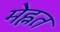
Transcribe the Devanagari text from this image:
मेह्नत